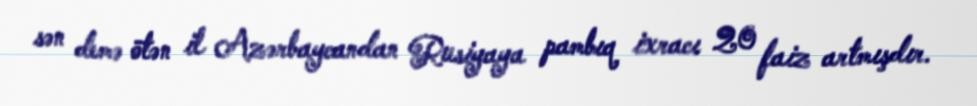
sən demə ötən il Azərbaycandan Rusiyaya pambıq ixracı 20 faiz artmışdır.